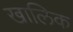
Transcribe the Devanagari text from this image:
खालिक